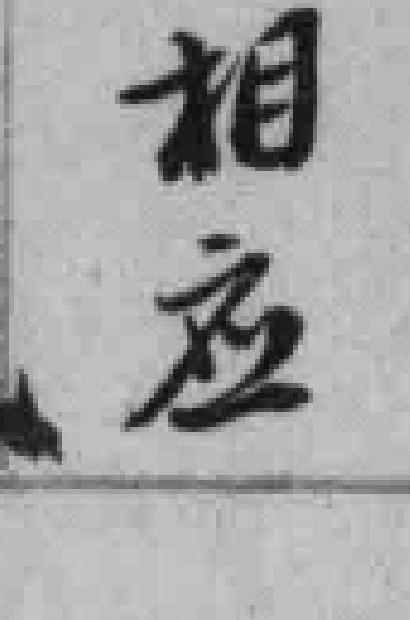
相应